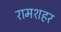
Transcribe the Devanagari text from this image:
रामशहर